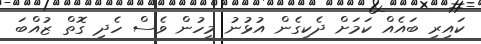
ކައިރި ބައެއް ކަމަށް ދެކިގެން އުޅުނު މީހުން ވެސް ހެދި ގޮތް ޒުއްބަ